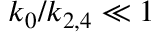
k _ { 0 } / k _ { 2 , 4 } \ll 1